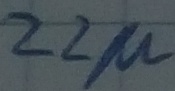
Text: 22µ